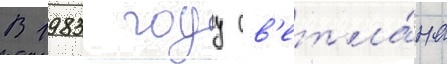
В 1983 году св'етла́на